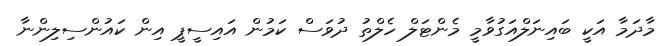
މާދަމާ އަކީ ބައިނަލްއަގުވާމީ މެންޓަލް ހެލްތު ދުވަސް ކަމުން އައިސީޕީ އިން ކައުންސިލިންނާ